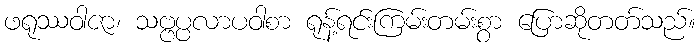
ဖရုဿဝါဇာ၊ သဗ္ဗပ္ပလာပဝါစာ ရုန့်ရင်းကြမ်းတမ်းစွာ ပြောဆိုတတ်သည်။